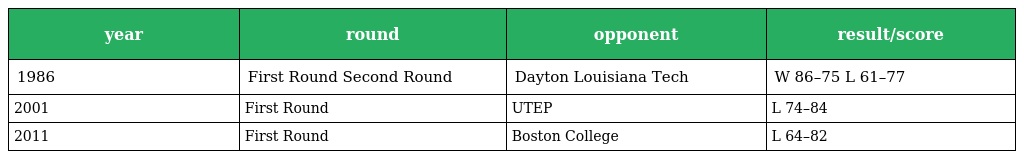
| year | round | opponent | result/score |
 | --- | --- | --- | --- |
 | 1986 | First Round Second Round | Dayton Louisiana Tech | W 86–75 L 61–77 |
 | 2001 | First Round | UTEP | L 74–84 |
 | 2011 | First Round | Boston College | L 64–82 |